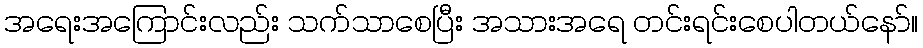
အရေးအကြောင်းလည်း သက်သာစေပြီး အသားအရေ တင်းရင်းစေပါတယ်နော်။